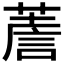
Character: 𦸻